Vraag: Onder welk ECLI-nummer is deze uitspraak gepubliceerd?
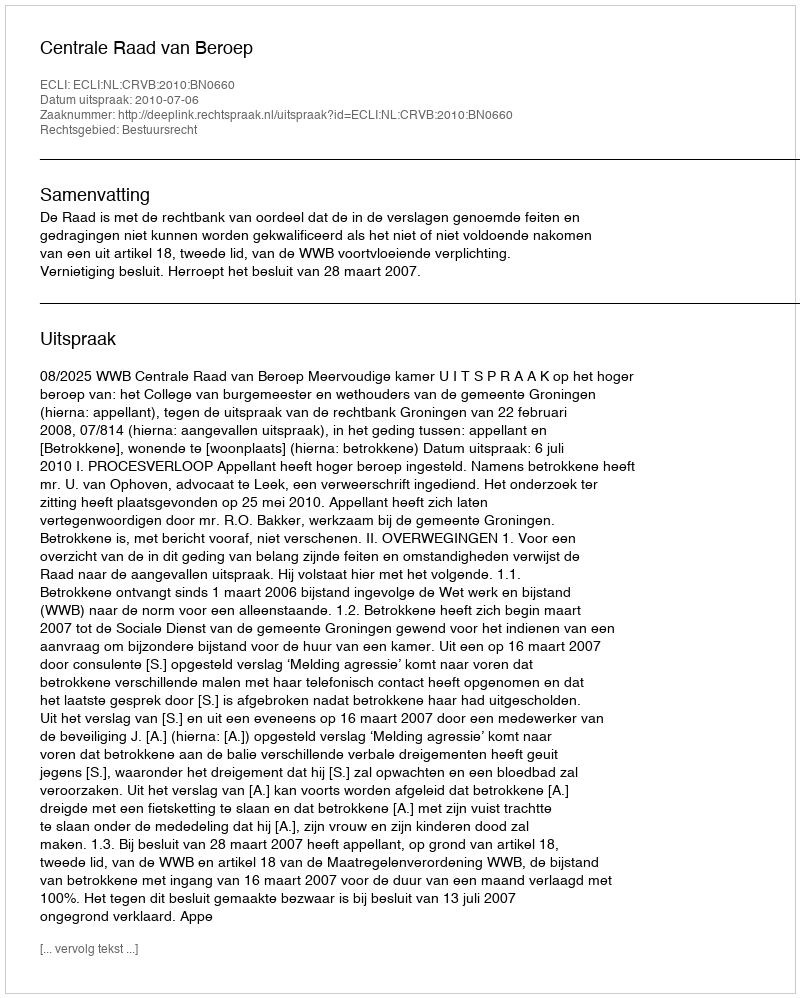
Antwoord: ECLI:NL:CRVB:2010:BN0660